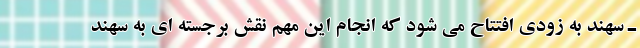
ـ سهند به زودی افتتاح می شود که انجام این مهم نقش برجسته ای به سهند